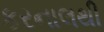
કરનાલથી